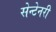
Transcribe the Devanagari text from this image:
सेन्टेनरी